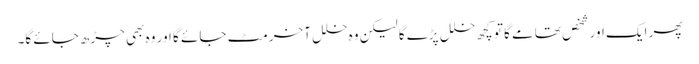
پھر ایک اور شخص تھامے گا تو کچھ خلل پڑے گا لیکن وہ خلل آخر مٹ جائے گا اور وہ بھی چڑھ جائے گا۔